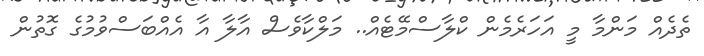
ތެދެެއް މަންމާ މީ އަހަރެމެން ކްލާސްމޭޓެއް.. މަލްކާވެސް އާލާ އާ އެއްބަސްވުމުގެ ގޮތުން